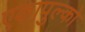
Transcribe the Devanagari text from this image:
एकापुल्को